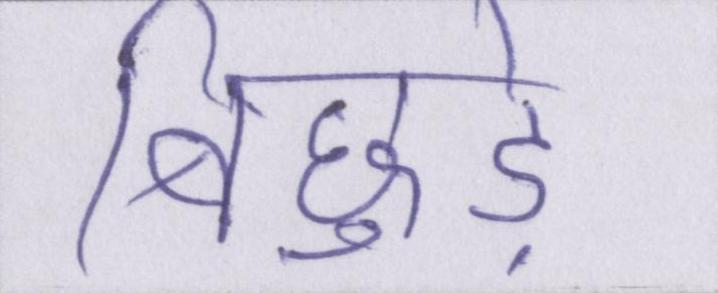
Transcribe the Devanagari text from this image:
बिछुड़े